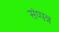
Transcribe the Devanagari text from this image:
संप्पन्न